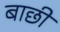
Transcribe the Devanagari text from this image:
बाछी